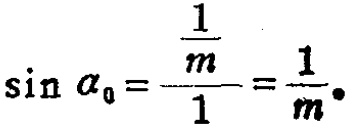
\(\sin \alpha_{0}=\frac{\frac{1}{m}}{1}=\frac{1}{m} \)